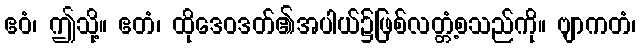
ဧဝံ၊ ဤသို့။ ဧတံ၊ ထိုဒေဝဒတ်၏အပါယ်၌ဖြစ်လတ္တံ့စသည်ကို။ ဗျာကတံ၊